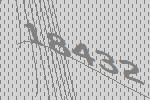
18432